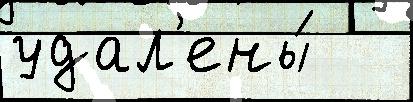
удал'ены́